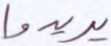
يريدوا